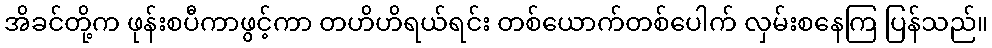
အိခင်တို့က ဖုန်းစပီကာဖွင့်ကာ တဟိဟိရယ်ရင်း တစ်ယောက်တစ်ပေါက် လှမ်းစနေကြ ပြန်သည်။